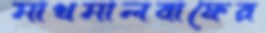
মাখমালবাফের